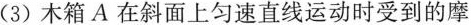
（4）木箱A在斜面上匀速直线运动时受到的摩